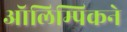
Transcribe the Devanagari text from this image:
ऑलिम्पिकने